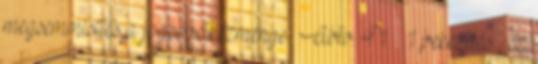
megsemmisítés a jogkövetkezménye Abtv. 41. § 1 bekezdés , ez